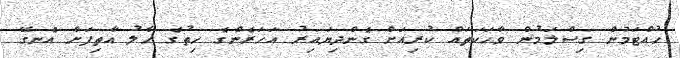
ހުއްޓަމުން ގިސްލަމުން ވާހަކަތައް ކުރިއަށް ގެންދިޔައިރު އަހަރެންގެ ހިތުގެ ހާލު އާތިފަށް އެނގޭ